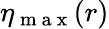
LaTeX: \eta_{\mathrm{~m~a~x~}}(r)